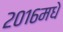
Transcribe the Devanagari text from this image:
२०१६मधे